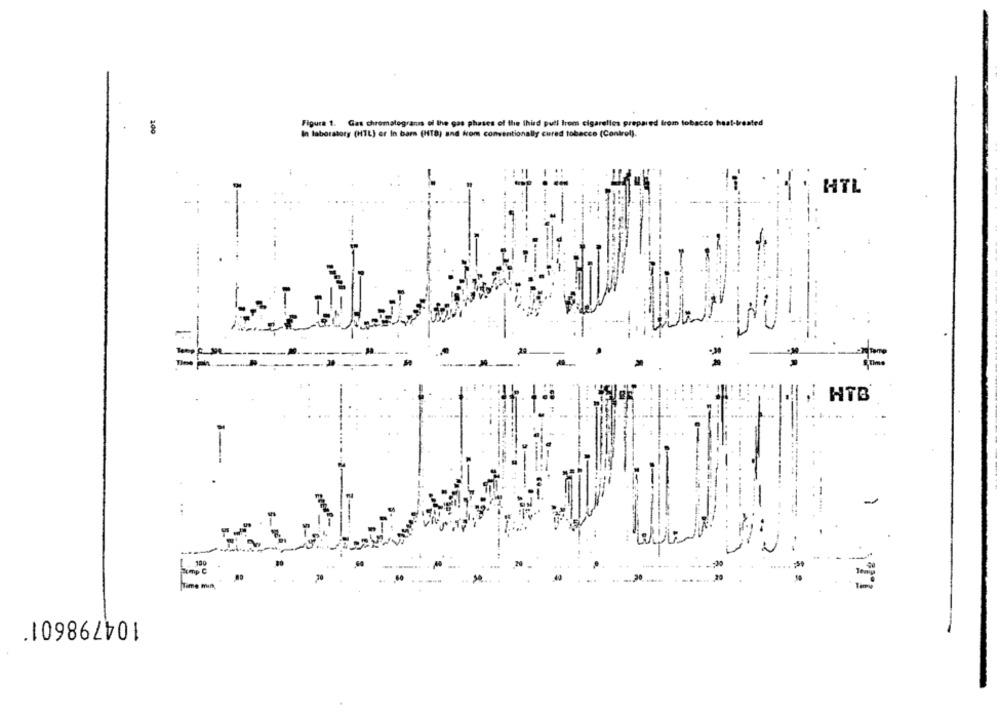
Figura 1. Gas chromatograns of the gas phases of the third pull troms cigarelles prepared from tobacco heal-treated
200
In laboratory (HTL) or In barn (HTB) and from conventionally cured tobacco (Control).
HTL
Time
Temos
.
104798601*